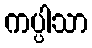
ကပ္ပါသာ